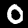
Digit: 0